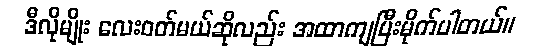
ဒီလိုမျိုး လေးဝတ်မယ်ဆိုလည်း အထာကျပြီးမိုက်ပါတယ်။